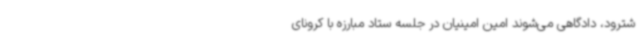
شترود، دادگاهی می‌شوند امین امینیان در جلسه ستاد مبارزه با کرونای